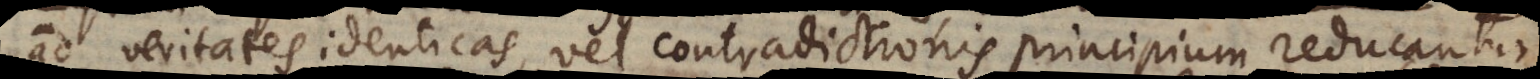
veritates identicas vel contradictionis principium reducant